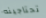
تحتاجينه